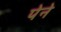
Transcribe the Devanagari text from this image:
पेने